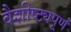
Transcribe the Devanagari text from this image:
वैशीष्ट्यपूर्ण